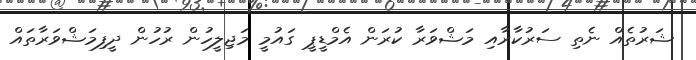
ޝަރުތެއް ނެތި ސަރުކާރާއި މަޝްވަރާ ކުރަން އެމްޑީޕީ ގައުމީ މަޖިލީހުން ރުހުން ދީފިމަޝްވަރާތައް